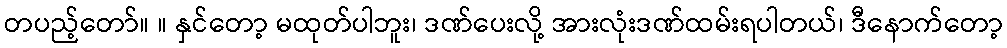
တပည့်တော်။ ။ နှင်တော့ မထုတ်ပါဘူး၊ ဒဏ်ပေးလို့ အားလုံးဒဏ်ထမ်းရပါတယ်၊ ဒီနောက်တော့